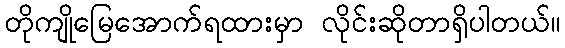
တိုကျိုမြေအောက်ရထားမှာ လိုင်းဆိုတာရှိပါတယ်။